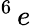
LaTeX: ^6\, e